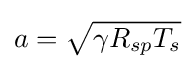
a={\sqrt {\gamma R_{sp}T_{s}}}